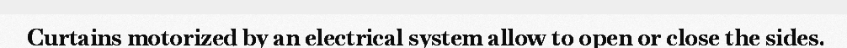
Curtains motorized by an electrical system allow to open or close the sides.